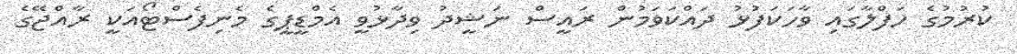
ކުރުމުގެ ހަފްލާގައި ވާހަކަފުޅު ދައްކަވަމުން ރައީސް ނަޝީދު ވިދާޅުވީ އެމްޑީޕީގެ މެނިފެސްޓޯއަކީ ރާއްޖޭގެ